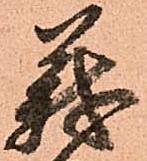
義